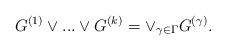
LaTeX: \begin{align*} G^{(1)}\vee ...\vee G^{(k)}=\vee_{\gamma\in\Gamma} G^{(\gamma)}.\end{align*}